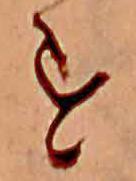
す